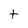
Character: t